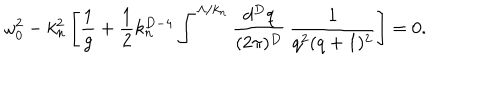
\omega _ { 0 } ^ { 2 } - k _ { n } ^ { 2 } \left[ { \frac { 1 } { g } } + { \frac { 1 } { 2 } } k _ { n } ^ { D - 4 } \int ^ { \Lambda / k _ { n } } { \frac { d ^ { D } q } { ( 2 \pi ) ^ { D } } } \, { \frac { 1 } { q ^ { 2 } ( q + 1 ) ^ { 2 } } } \right] = 0 .